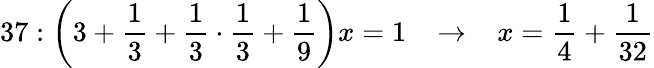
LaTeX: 37:{\bigg(}3+{\frac{1}{3}}+{\frac{1}{3}}\cdot{\frac{1}{3}}+{\frac{1}{9}}{\bigg)}x=1\; \; \; \rightarrow\; \; \; x={\frac{1}{4}}+{\frac{1}{32}}